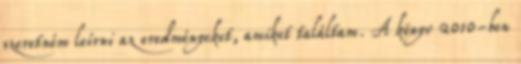
szeretném leírni az eredményeket, amiket találtam. A könyv 2010-ben